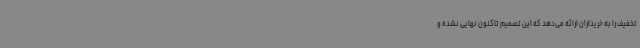
تخفیف را به خریداران ارائه می‌دهد که این تصمیم تاکنون نهایی نشده و